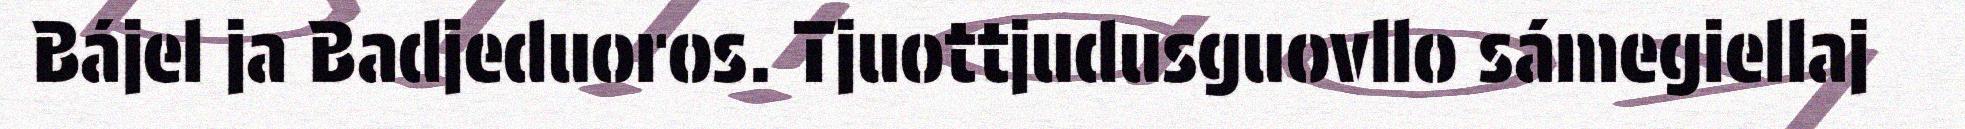
Bájel ja Badjeduoros. Tjuottjudusguovllo sámegiellaj